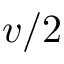
v / 2